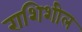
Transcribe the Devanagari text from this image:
राशिशील